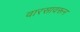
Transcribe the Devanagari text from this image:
वारसावरून